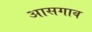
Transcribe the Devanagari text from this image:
आसगाव